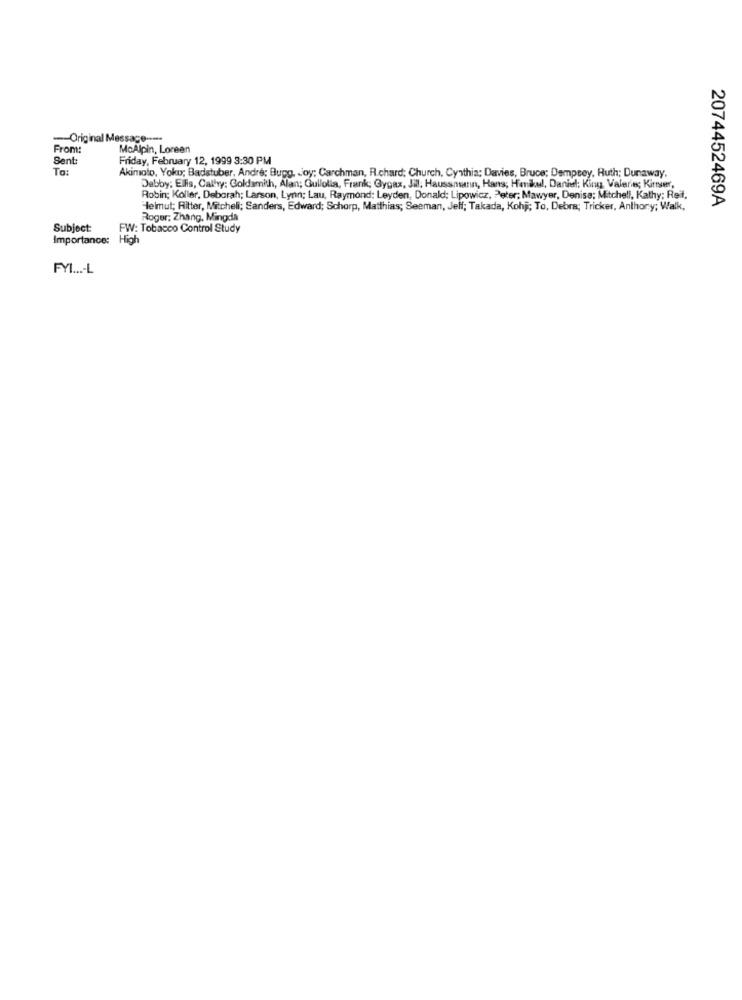
-Original Message -****
From:
MoAlpin, Loreen
Sent:
Friday, February 12, 1999 3:30 PM
To:
Akimoto, Yoku; Badstuber, Andre: Bupg, Joy; Carchman, R.chard; Church, Cynthia; Davies, Bruce; Dempsey, Ruth; Dunaway.
Debby: Ellis, Cathy; Goldsmith, Alan; Gullolla, Frank; Gygax, Jill, Haussnerin, Hans; Henikul, Daniel; King, Valerie; Kiner,
Robin; Koller, Deborah; Larson, Lynn; Lau, Raymond: Leyden, Donald; Lipowicz, Peter; Mawyer, Denise; Mitchell, Kathy; Reit,
2074452469A
Helmut; Ritter, Mitcheli; Sanders, Edward; Schorp, Matthias; Seeman, Jeff; Takada, Kohj; To, Debra; Tricker, Anthony; Walk,
Roger; Zhang, Mingda
Subject
FW: Tobacco Control Study
Importance:
High
FYL .... L